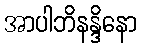
အာပါဘိနန္ဒိနော